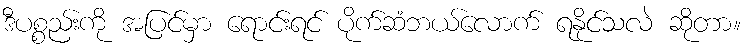
ဒီပစ္စည်းကို အပြင်မှာ ရောင်းရင် ပိုက်ဆံဘယ်လောက် ရနိုင်သလဲ ဆိုတာ။